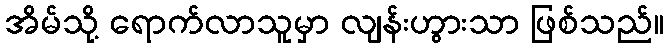
အိမ်သို့ ရောက်လာသူမှာ လျန်းဟွားသာ ဖြစ်သည်။